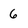
Character: 6